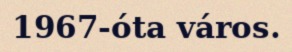
1967-óta város.